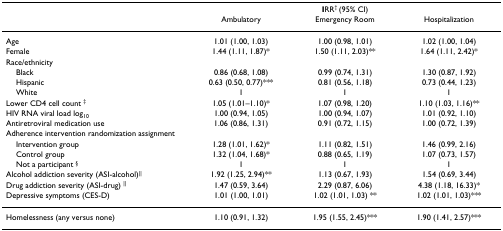
<table><thead><tr><td></td><td></td><td><b>IRR<sup>† </sup>(95% CI)</b></td><td></td></tr><tr><td></td><td><b>Ambulatory</b></td><td><b>Emergency Room</b></td><td><b>Hospitalization</b></td></tr></thead><tbody><tr><td>Age</td><td>1.01 (1.00, 1.03)</td><td>1.00 (0.98, 1.01)</td><td>1.02 (1.00, 1.04)</td></tr><tr><td>Female</td><td>1.44 (1.11, 1.87)*</td><td>1.50 (1.11, 2.03)**</td><td>1.64 (1.11, 2.42)*</td></tr><tr><td>Race/ethnicity</td><td></td><td></td><td></td></tr><tr><td> Black</td><td>0.86 (0.68, 1.08)</td><td>0.99 (0.74, 1.31)</td><td>1.30 (0.87, 1.92)</td></tr><tr><td> Hispanic</td><td>0.63 (0.50, 0.77)***</td><td>0.81 (0.56, 1.18)</td><td>0.73 (0.44, 1.23)</td></tr><tr><td> White</td><td>1</td><td>1</td><td>1</td></tr><tr><td>Lower CD4 cell count <sup>‡</sup></td><td>1.05 (1.01–1.10)*</td><td>1.07 (0.98, 1.20)</td><td>1.10 (1.03, 1.16)**</td></tr><tr><td>HIV RNA viral load log<sub>10</sub></td><td>1.00 (0.94, 1.05)</td><td>1.00 (0.94, 1.07)</td><td>1.01 (0.92, 1.10)</td></tr><tr><td>Antiretroviral medication use</td><td>1.06 (0.86, 1.31)</td><td>0.91 (0.72, 1.15)</td><td>1.00 (0.72, 1.39)</td></tr><tr><td>Adherence intervention randomization assignment</td><td></td><td></td><td></td></tr><tr><td> Intervention group</td><td>1.28 (1.01, 1.62)*</td><td>1.11 (0.82, 1.51)</td><td>1.46 (0.99, 2.16)</td></tr><tr><td> Control group</td><td>1.32 (1.04, 1.68)*</td><td>0.88 (0.65, 1.19)</td><td>1.07 (0.73, 1.57)</td></tr><tr><td> Not a participant <sup>§</sup></td><td>1</td><td>1</td><td>1</td></tr><tr><td>Alcohol addiction severity (ASI-alcohol)<sup>||</sup></td><td>1.92 (1.25, 2.94)**</td><td>1.13 (0.67, 1.93)</td><td>1.54 (0.69, 3.44)</td></tr><tr><td>Drug addiction severity (ASI-drug) <sup>||</sup></td><td>1.47 (0.59, 3.64)</td><td>2.29 (0.87, 6.06)</td><td>4.38 (1.18, 16.33)*</td></tr><tr><td>Depressive symptoms (CES-D)</td><td>1.01 (1.00, 1.01)</td><td>1.02 (1.01, 1.03) **</td><td>1.02 (1.01, 1.03)***</td></tr><tr><td>Homelessness (any versus none)</td><td>1.10 (0.91, 1.32)</td><td>1.95 (1.55, 2.45)***</td><td>1.90 (1.41, 2.57)***</td></tr></tbody></table>